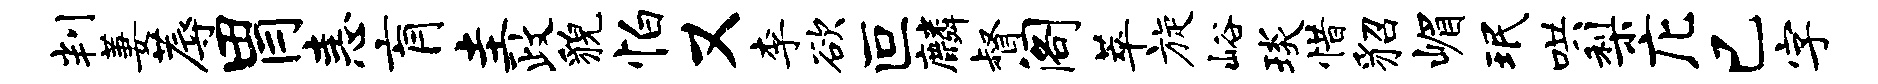
判萋蓐胃恚肓圭政貌怕又李欲叵麟督阁萃旋峪琰惜貂嵋珉哄梨庀已字